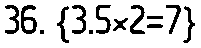
36. {3.5×2=7}